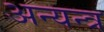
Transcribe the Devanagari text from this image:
अन्यन्त्र